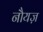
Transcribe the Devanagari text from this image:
नौयज़